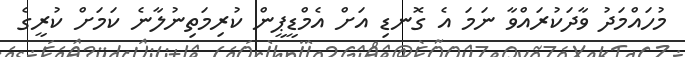
މުހައްމަދު ވާދަކުރައްވާ ނަމަ އެ ގޮނޑި އަށް އެމްޑީޕީން ކުރިމަތިނުލާނެ ކަމަށް ކުރީގެ